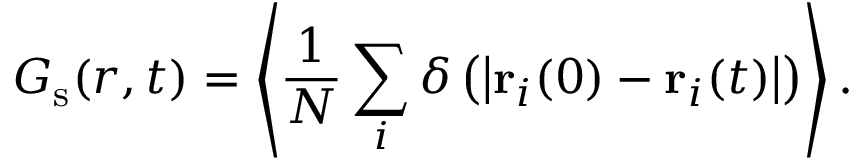
G _ { \mathrm { s } } ( r , t ) = \left< \frac { 1 } { N } \sum _ { i } \delta \left( \left| \mathbf { r } _ { i } ( 0 ) - \mathbf { r } _ { i } ( t ) \right| \right) \right> .